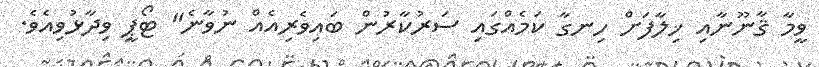
ވީމާ ޤާނޫނާއި ޚިލާފަށް ހިނގާ ކަމެއްގައި ސަރުކާރުން ބައިވެރިއެއް ނުވާނެ" ޓޯޕީ ވިދާޅުވިއެވެ.